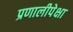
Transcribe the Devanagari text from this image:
प्रणालीपेक्षा